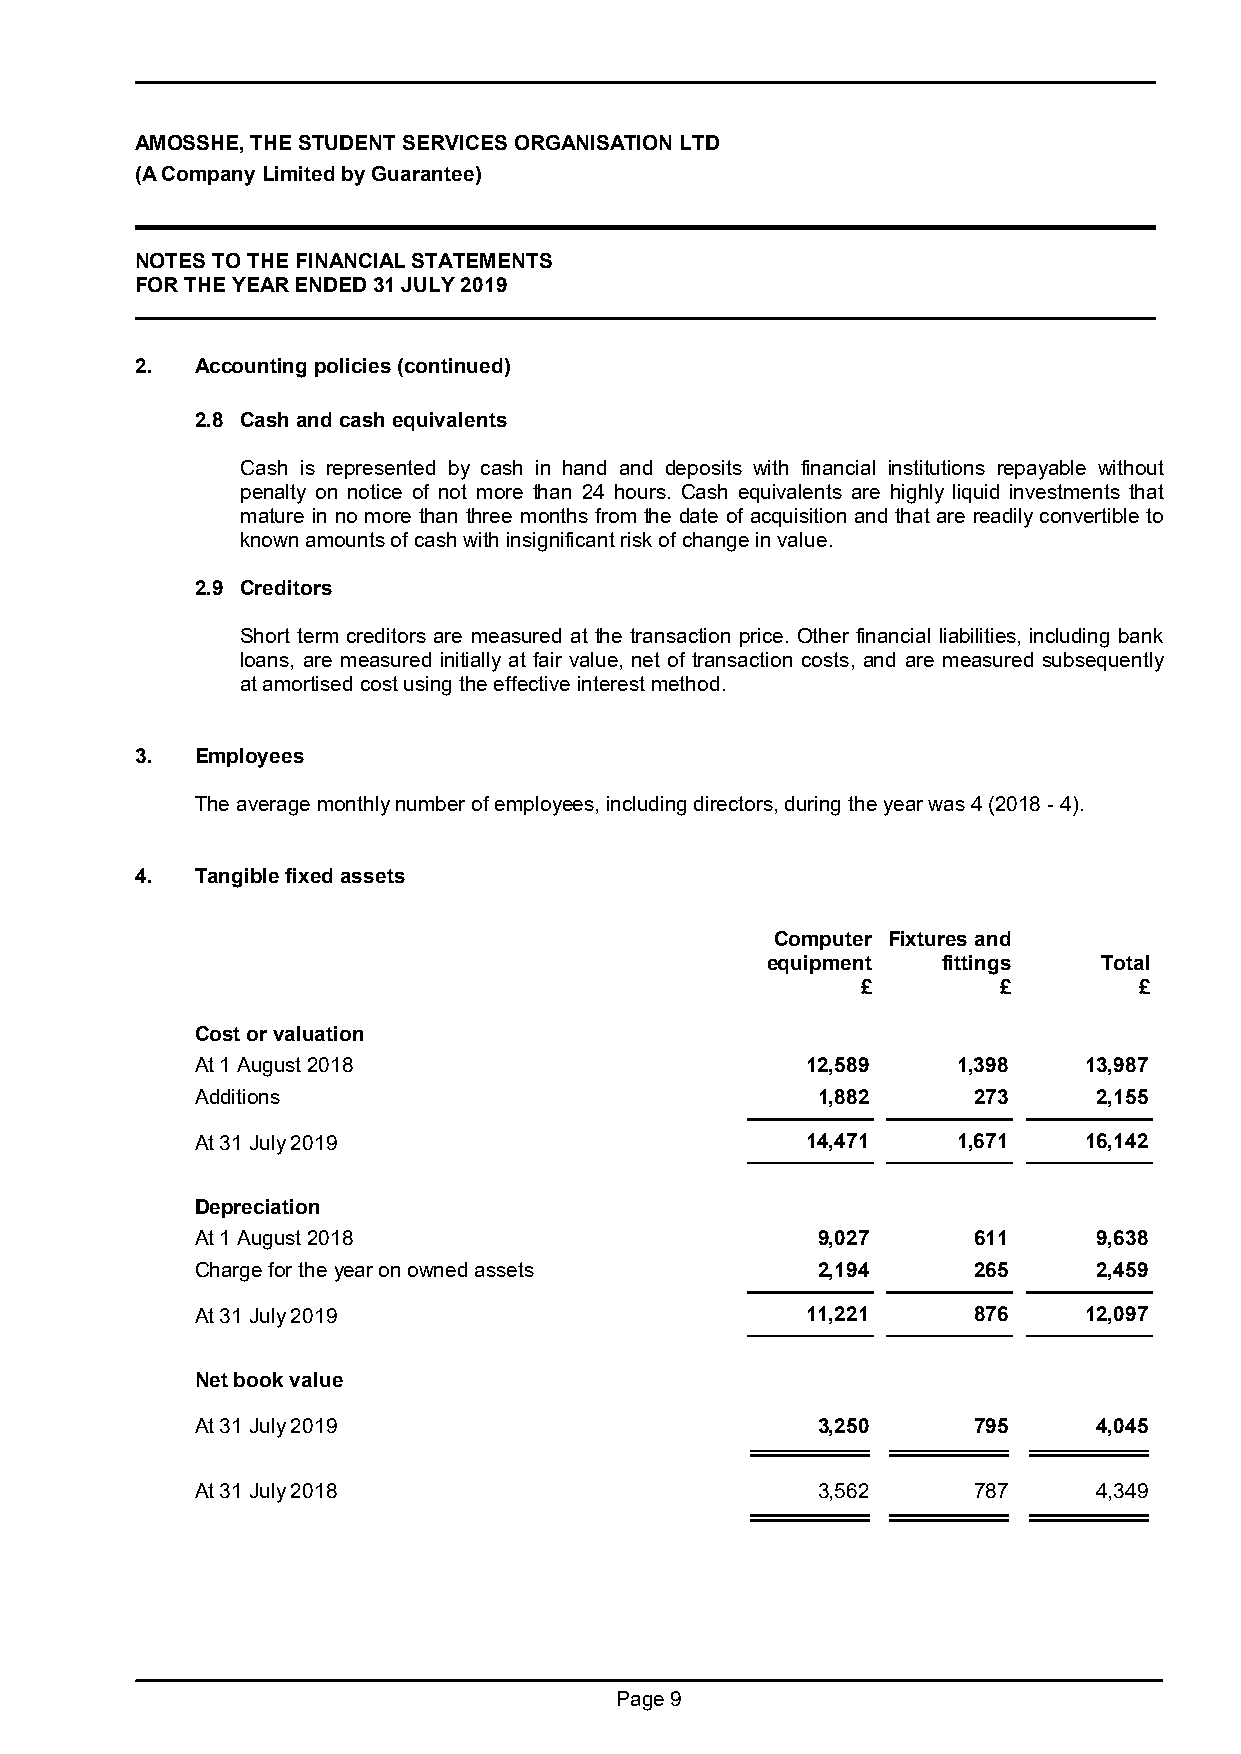
AMOSSHE, THE STUDENT SERVICES ORGANISATION LTD
 (A Company Limited by Guarantee)
 NOTES TO THE FINANCIAL STATEMENTS
 FOR THE YEAR ENDED 31 JULY 2019
 2.  Accounting policies (continued)
 2.8 Cash and cash equivalents
 Cash is represented by cash in hand and deposits with financial institutions repayable without
 penalty on notice of not more than 24 hours. Cash equivalents are highly liquid investments that
 mature in no more than three months from the date of acquisition and that are readily convertible to
 known amounts of cash with insignificant risk of change in value.
 2.9 Creditors
 Short term creditors are measured at the transaction price. Other financial liabilities, including bank
 loans, are measured initially at fair value, net of transaction costs, and are measured subsequently
 at amortised cost using the effective interest method.
 3.  Employees
 The average monthly number of employees, including directors, during the year was 4 (2018 - 4).
 4.  Tangible fixed assets
 Computer Fixtures and
 equipment  fittings   Total
 £        £        £
 Cost or valuation
 At 1 August 2018                        12,589    1,398    13,987
 Additions                                1,882     273      2,155
 At 31 July 2019                         14,471    1,671    16,142
 Depreciation
 At 1 August 2018                         9,027     611      9,638
 Charge for the year on owned assets      2,194     265      2,459
 At 31 July 2019                         11,221     876     12,097
 Net book value
 At 31 July 2019                          3,250     795      4,045
 At 31 July 2018                          3,562     787      4,349
 Page 9